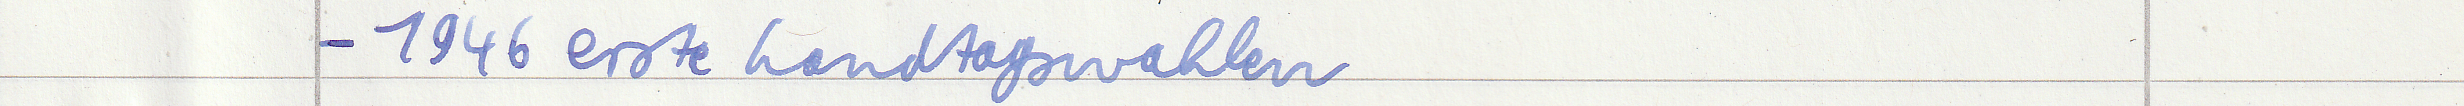
- 1946 erste Landtagswahlen